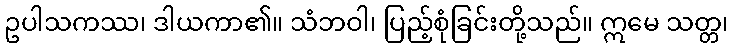
ဥပါသကဿ၊ ဒါယကာ၏။ သံဘဝါ၊ ပြည့်စုံခြင်းတို့သည်။ ဣမေ သတ္တ၊